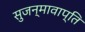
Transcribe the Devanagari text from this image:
सुजन्मावाप्ति